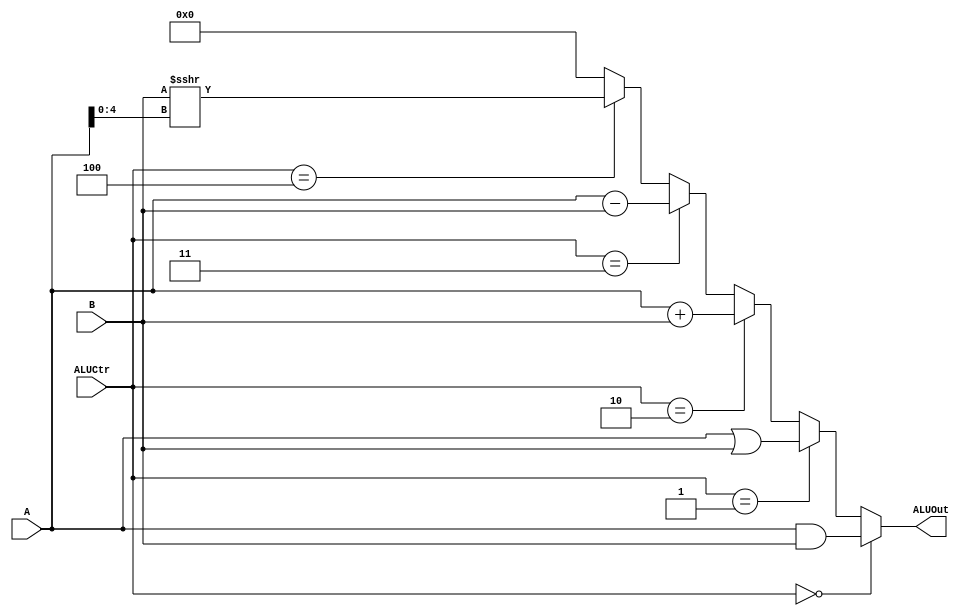
`timescale 1ns / 1ps
//////////////////////////////////////////////////////////////////////////////////
// Company: 
// Engineer: 
// 
// Design Name: 
// Module Name:    ALU 
// Project Name: 
// Target Devices: 
// Tool versions: 
// Description: 
//
// Dependencies: 
//
// Revision: 
// Revision 0.01 - File Created
// Additional Comments: 
//
//////////////////////////////////////////////////////////////////////////////////
module ALU(A, B, ALUCtr, ALUOut);
		input [31:0] A, B;
		input [2:0] ALUCtr;
		output [31:0] ALUOut;	
		
		assign ALUOut = (ALUCtr == 3'b000) ? A&B :
										  (ALUCtr == 3'b001) ? A|B :
										  (ALUCtr == 3'b010) ? A+B :
										  (ALUCtr == 3'b011) ? A-B :
										  (ALUCtr == 3'b100) ? $signed($signed(B)>>>A[4:0]) :
										  32'b0;

endmodule